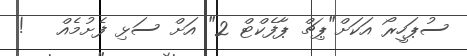
ސުޕަހީރޯ އަކަށް"ޕިޗް ޕާފެކްޓް 2" އަށް ސަޅި ފެށުމެއް   !